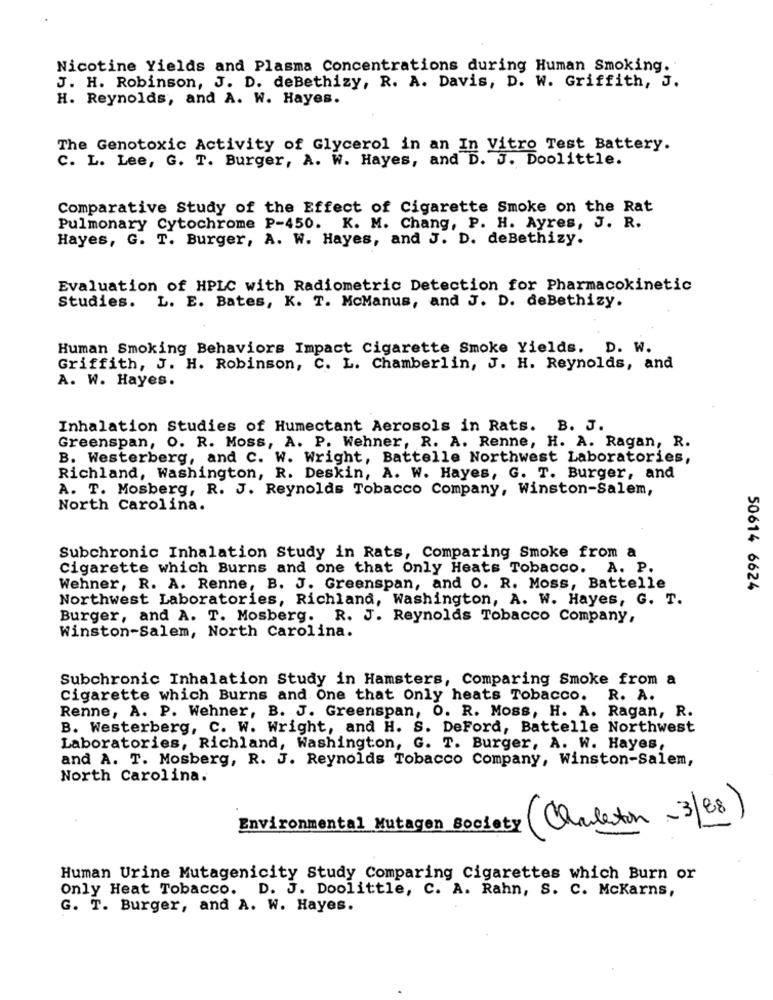
Nicotine Yields and Plasma Concentrations during Human Smoking.
J. H. Robinson, J. D. deBethizy, R. A. Davis, D. W. Griffith, J.
H. Reynolds, and A. W. Hayes.
The Genotoxic Activity of Glycerol in an In Vitro Test Battery.
C. L. Lee, G. T. Burger, A. W. Hayes, and D. J. Doolittle.
Comparative Study of the Effect of Cigarette Smoke on the Rat
Pulmonary Cytochrome P-450. K. M. Chang, P. H. Ayres, J. R.
Hayes, G. T. Burger, A. W. Hayes, and J. D. deBethizy.
Evaluation of HPLC with Radiometric Detection for Pharmacokinetic
Studies. L. E. Bates, K. T. McManus, and J. D. deBethizy.
Human Smoking Behaviors Impact Cigarette Smoke Yields. D. W.
Griffith, J. H. Robinson, C. L. Chamberlin, J. H. Reynolds, and
A. W. Hayes.
Inhalation Studies of Humectant Aerosols in Rats. B. J.
Greenspan, O. R. Moss, A. P. Wehner, R. A. Renne, H. A. Ragan, R.
B. Westerberg, and C. W. Wright, Battelle Northwest Laboratories,
Richland, Washington, R. Deskin, A. W. Hayes, G. T. Burger, and
A. T. Mosberg, R. J. Reynolds Tobacco Company, Winston-Salem,
North Carolina.
Subchronic Inhalation Study in Rats, Comparing Smoke from a
Cigarette which Burns and one that Only Heats Tobacco. A. P.
Wehner, R. A. Renne, B. J. Greenspan, and O. R. Moss, Battelle
50614 6624
Northwest Laboratories, Richland, Washington, A. W. Hayes, G. T.
Burger, and A. T. Mosberg. R. J. Reynolds Tobacco Company,
Winston-Salem, North Carolina.
Subchronic Inhalation Study in Hamsters, Comparing Smoke from a
Cigarette which Burns and One that Only heats Tobacco. R. A.
Renne, A. P. Wehner, B. J. Greenspan, O. R. Moss, H. A. Ragan, R.
B. Westerberg, C. W. Wright, and H. S. DeFord, Battelle Northwest
Laboratories, Richland, Washington, G. T. Burger, A. W. Hayes,
and A. T. Mosberg, R. J. Reynolds Tobacco Company, Winston-Salem,
North Carolina.
Environmental Mutagen Society
(Chuleton - 3/B8)
Human Urine Mutagenicity Study Comparing Cigarettes which Burn or
Only Heat Tobacco. D. J. Doolittle, C. A. Rahn, S. C. Mckarns,
G. T. Burger, and A. W. Hayes.